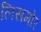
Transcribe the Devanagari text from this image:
लिसमोर